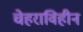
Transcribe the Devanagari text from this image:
चेहराविहीन